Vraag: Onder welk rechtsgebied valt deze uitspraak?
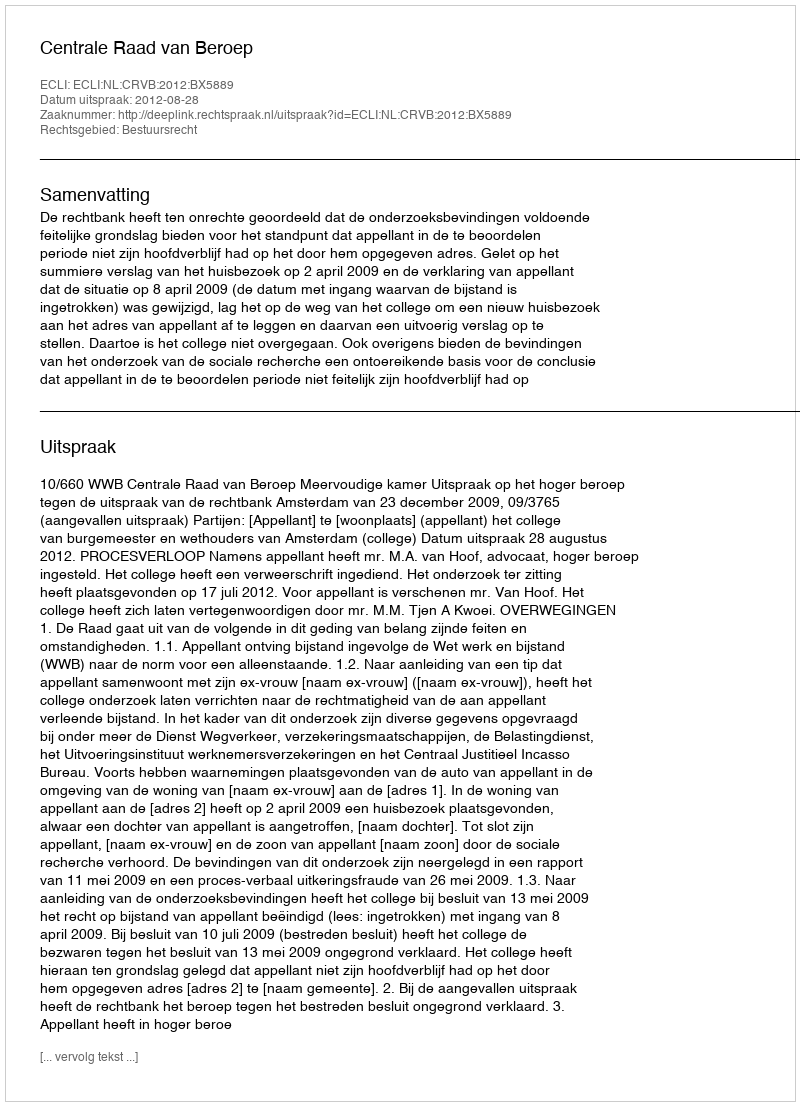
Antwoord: Bestuursrecht